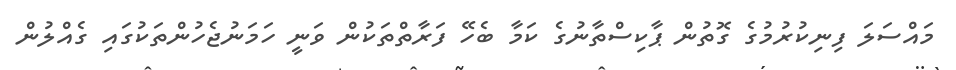
މައްސަލަ ފިނިކުރުމުގެ ގޮތުން ޕާކިސްތާނުގެ ކަމާ ބެހޭ ފަރާތްތަކުން ވަނީ ހަމަނުޖެހުންތަކުގައި ގެއްލުން